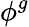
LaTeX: \phi^{g}